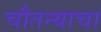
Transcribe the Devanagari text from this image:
चौतन्याचा